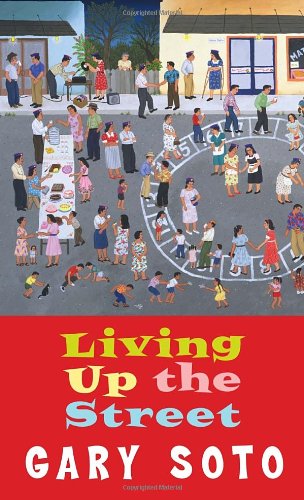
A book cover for Living Up The Street (Laurel-Leaf Books); Gary Soto; Teen & Young Adult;